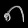
Digit: ၈